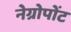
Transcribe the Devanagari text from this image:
नेग्रोपोंट